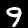
Digit: 9